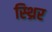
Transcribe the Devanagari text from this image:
स्थ्रिर